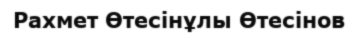
Рахмет Өтесінұлы Өтесінов